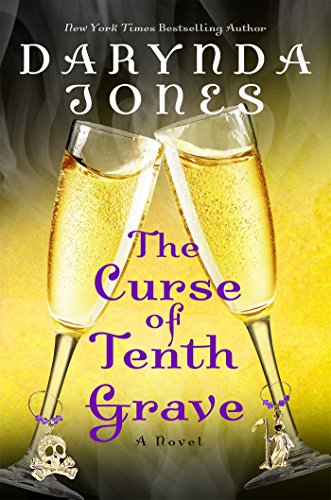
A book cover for The Curse of Tenth Grave (Charley Davidson Series); Darynda Jones; Mystery, Thriller & Suspense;